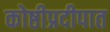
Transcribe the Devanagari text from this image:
कोष्ठीप्रदीपात